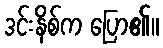
ဒင်းနိစ်က ပြော၏။